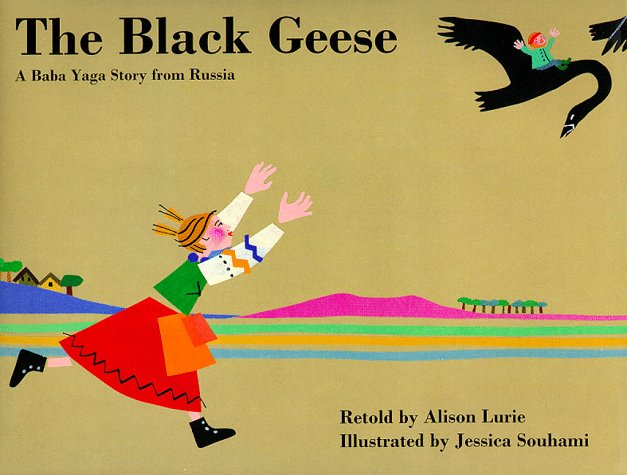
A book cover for The Black Geese: A Baba Yaga Story From Russia; Alison Lurie; Children's Books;